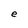
Character: e